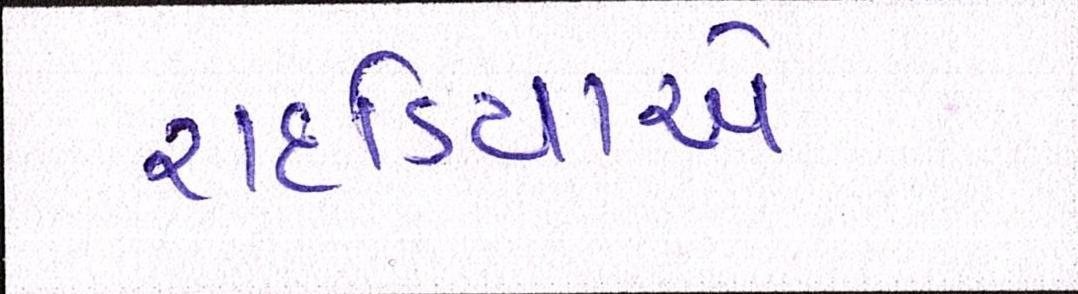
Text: રાદડિયાએ